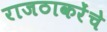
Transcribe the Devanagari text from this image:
राजठाकरेंचे